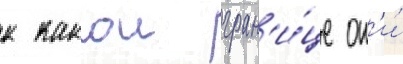
к какои гран'и́це он'и́